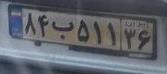
۸۴ب۵۱۱۳۶